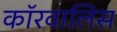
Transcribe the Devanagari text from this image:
कॉरवालिस